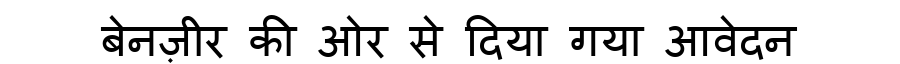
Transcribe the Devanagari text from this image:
बेनज़ीर की ओर से दिया गया आवेदन